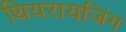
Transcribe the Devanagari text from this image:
थियरायजिंग